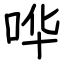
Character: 哗